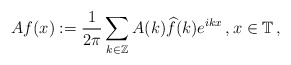
\begin{align*}Af(x):=\frac{1}{2\pi}\sum\limits_{k\in\mathbb Z}A(k)\widehat{f}(k)e^{ikx}\,,x\in\mathbb T\,,\end{align*}